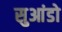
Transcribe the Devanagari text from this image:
सुआंडो